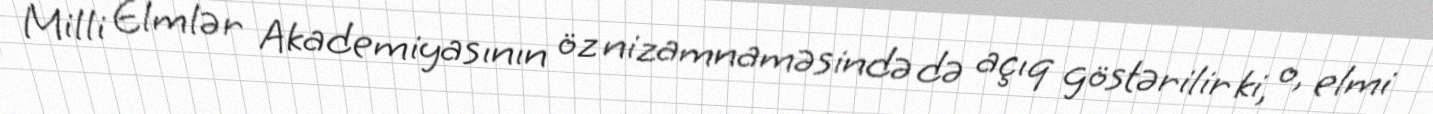
Milli Elmlər Akademiyasının öz nizamnaməsində də açıq göstərilir ki, o, elmi